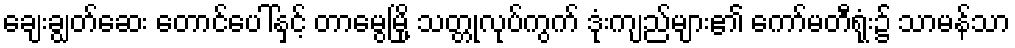
ချေးချွတ်ဆေး တောင်ပေါ်နှင့် တာမွေမြို့ သတ္တုလုပ်ကွက် ဒုံးကျည်များ၏ ကော်မတီရုံး၌ သာမန်သာ